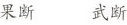
果断 武断